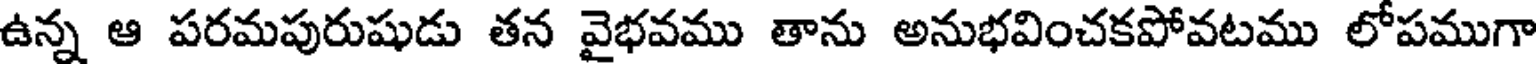
ఉన్న ఆ పరమపురుషుడు తన వైభవము తాను అనుభవించకపోవటము లోపముగా